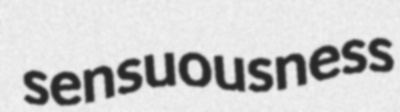
sensuousness